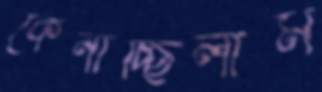
কেনাচ্ছিলাম